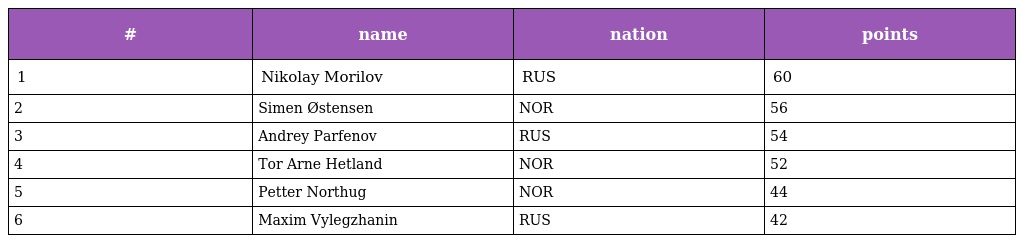
| # | name | nation | points |
 | --- | --- | --- | --- |
 | 1 | Nikolay Morilov | RUS | 60 |
 | 2 | Simen Østensen | NOR | 56 |
 | 3 | Andrey Parfenov | RUS | 54 |
 | 4 | Tor Arne Hetland | NOR | 52 |
 | 5 | Petter Northug | NOR | 44 |
 | 6 | Maxim Vylegzhanin | RUS | 42 |